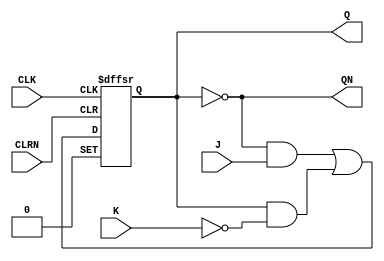
// Copyright (C) 1991-2013 Altera Corporation
// Your use of Altera Corporation's design tools, logic functions 
// and other software and tools, and its AMPP partner logic 
// functions, and any output files from any of the foregoing 
// (including device programming or simulation files), and any 
// associated documentation or information are expressly subject 
// to the terms and conditions of the Altera Program License 
// Subscription Agreement, Altera MegaCore Function License 
// Agreement, or other applicable license agreement, including, 
// without limitation, that your use is for the sole purpose of 
// programming logic devices manufactured by Altera and sold by 
// Altera or its authorized distributors.  Please refer to the 
// applicable agreement for further details.

// PROGRAM		"Quartus II 64-Bit"
// VERSION		"Version 13.0.1 Build 232 06/12/2013 Service Pack 1 SJ Web Edition"
// CREATED		"Tue Mar 16 01:22:52 2021"

module JK_FllpFiop(
	CLRN,
	J,
	CLK,
	K,
	QN,
	Q
);


input wire	CLRN;
input wire	J;
input wire	CLK;
input wire	K;
output wire	QN;
output wire	Q;

wire	SYNTHESIZED_WIRE_0;
reg	JKFF_2;

assign	Q = JKFF_2;
assign	SYNTHESIZED_WIRE_0 = 1;




always@(posedge CLK or negedge CLRN or negedge SYNTHESIZED_WIRE_0)
begin
if (!CLRN)
	begin
	JKFF_2 <= 0;
	end
else
	begin
if (!SYNTHESIZED_WIRE_0)
	begin
	JKFF_2 <= 1;
	end
else
	begin
	JKFF_2 <= ~JKFF_2 & J | JKFF_2 & ~K;
	end
	end
end

assign	QN =  ~JKFF_2;



endmodule